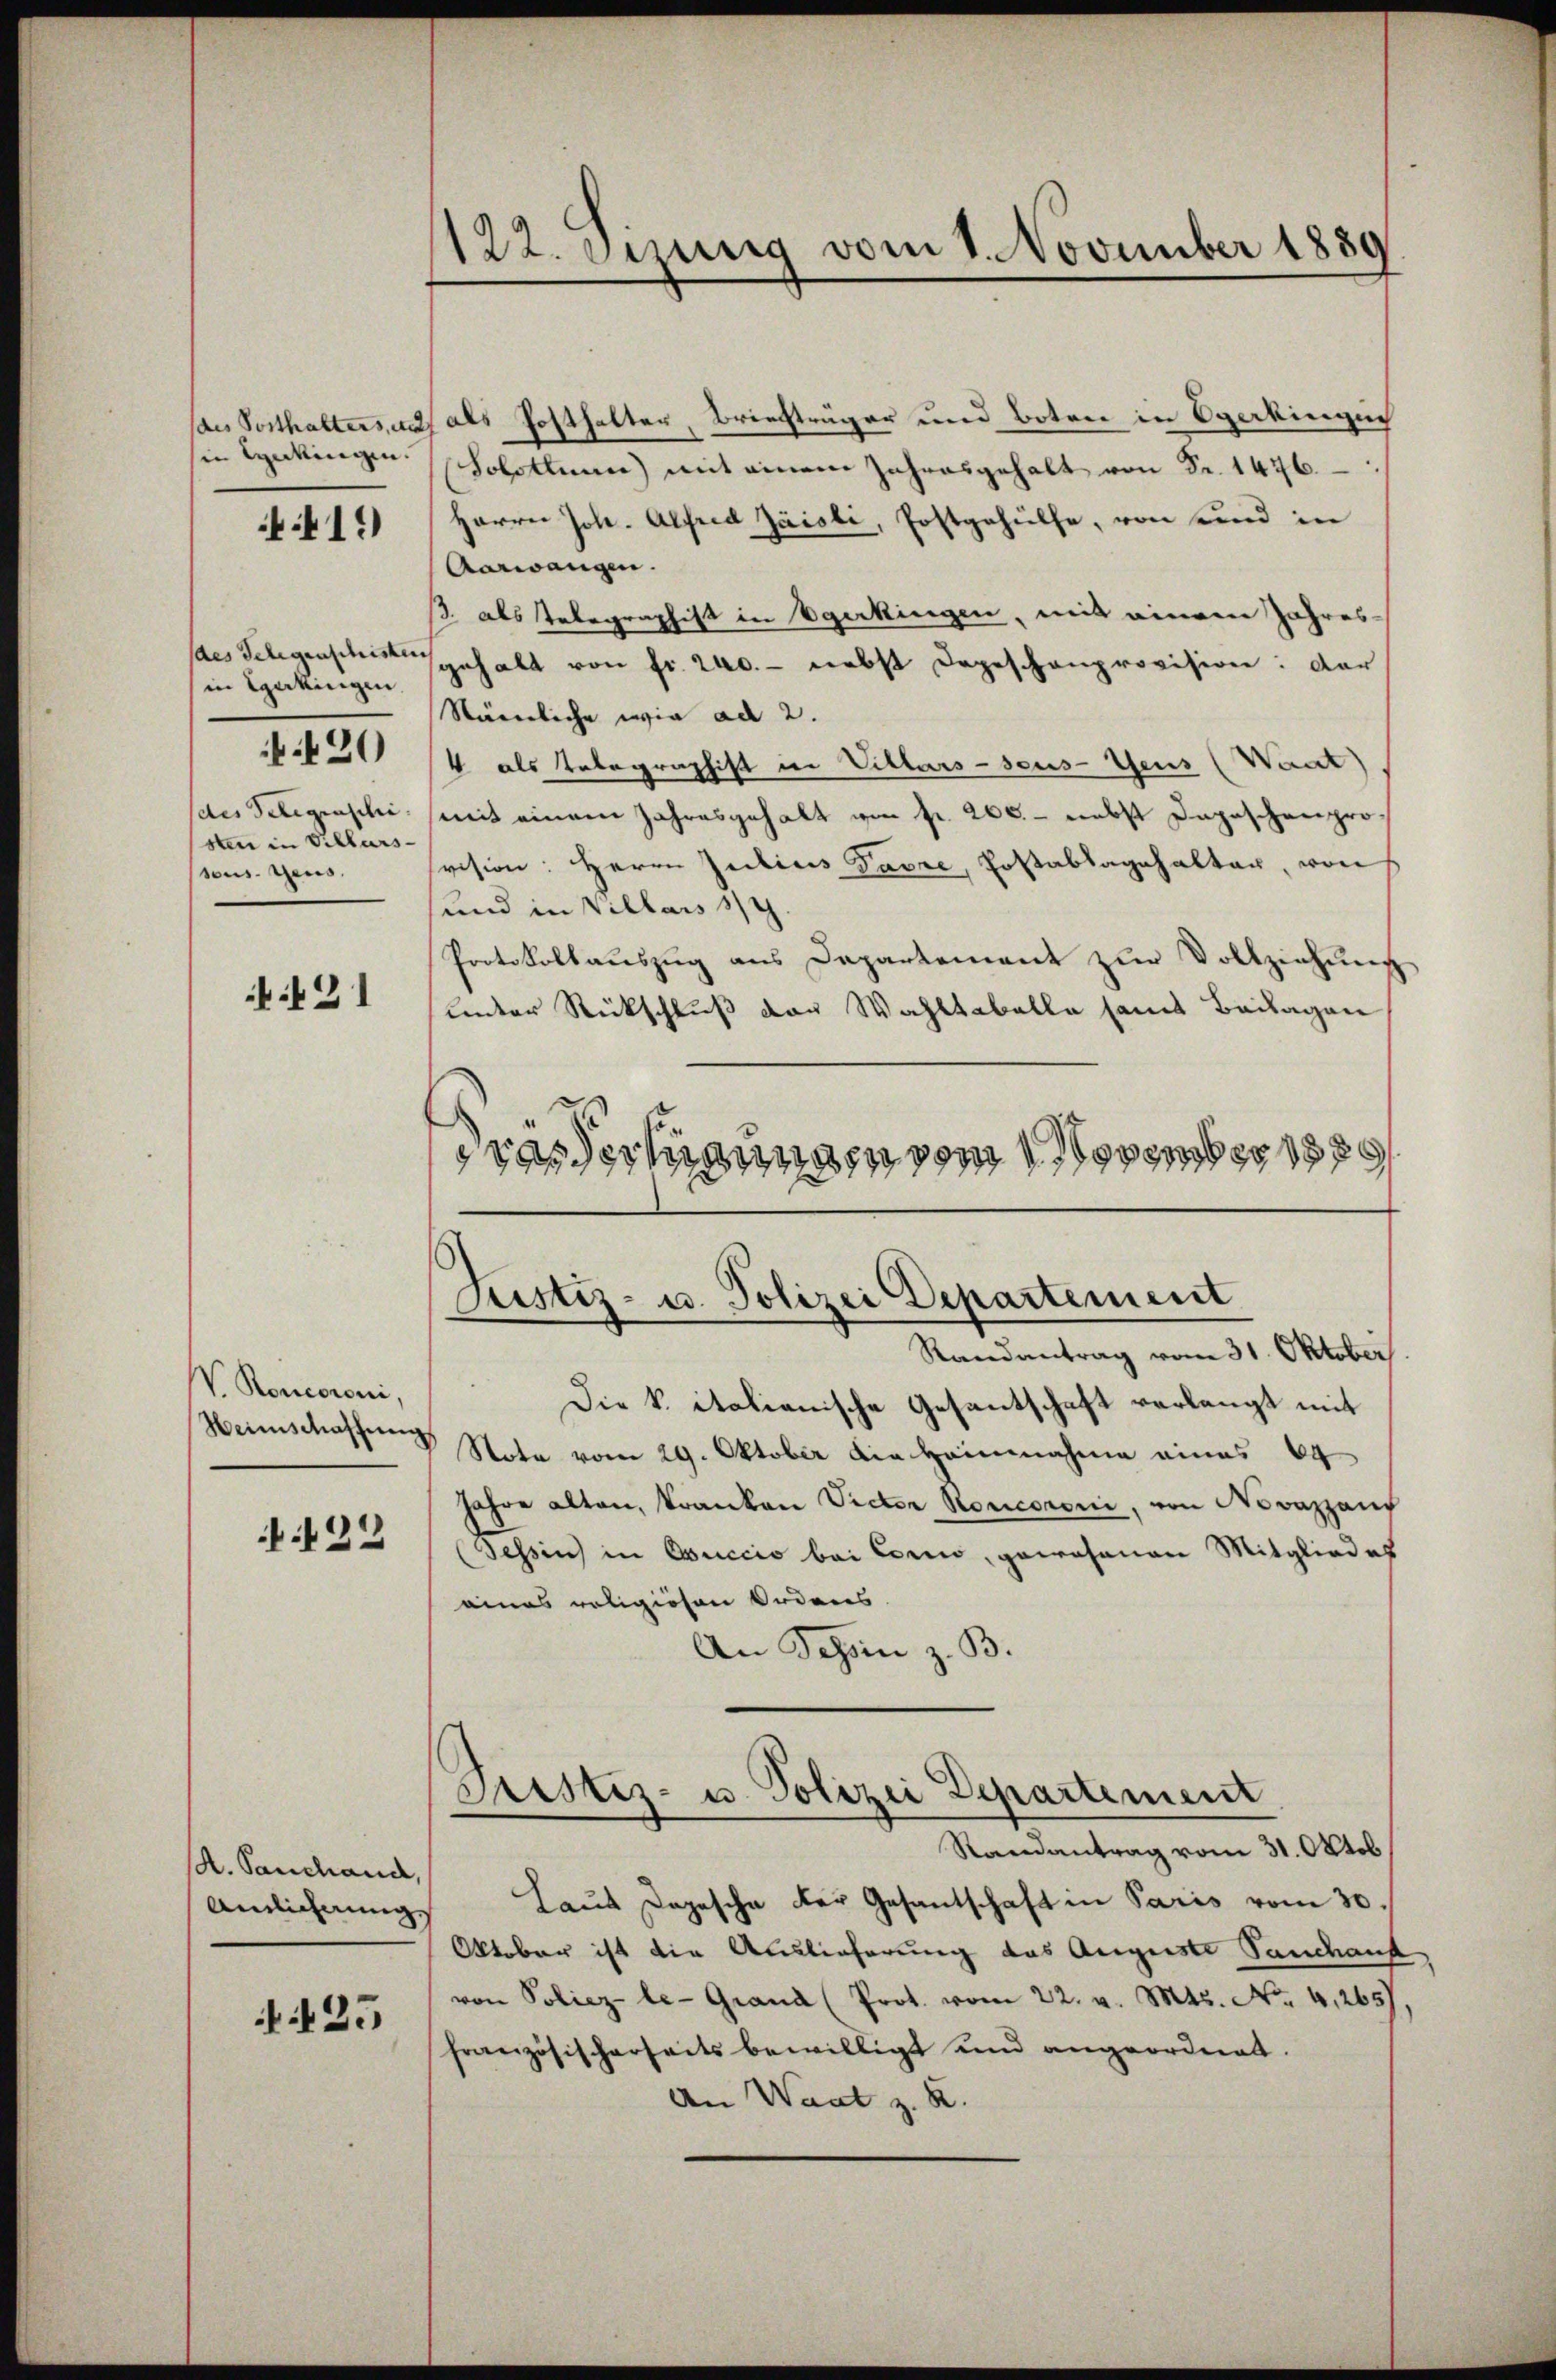
sin lenkingen.

419

des Gelegenschristen
in Sarkingen.
des Telegenschi
sten in Villarsseus. Gens,

420

:121

V. Konceroni,
Heimschaffung
 422

K. Sanchand,
Ainlicherung

35

122. Jezung vom 1. November 1889

des Posthalters, u. als Posthalter, Briefträger und Boten in Operkingen
(Solothurn) mit einem Jahresgehalt von Fr. 1476.
Herrn Joh. Alfred Zäisli, Postgehülfe, von und in
Aarwangen.
/. als Telegraphist in Egerkingen, mit einem Jahres-
jehalt von fr. 240. - nebst dageschenprovision: Dar
Stämliche wie ad 2.
4 als Telegraphist in Villars-seus-Geus (Want)
(mit einem Jahresgehalt von fr. 260. - nebst Depeschenprosvision: Herrn Julius Favre, Postablagehalter, von s
sund in Villars 1/4.
Protokollauszug aus Departement zur Vollziehung
under Rückschluß der Wahltabelle samt Beilagen
Grasdechanngen vom November 189

Justiz- u. Polizei Departement
Randantrag vom 31. Oktober

Die k. italianische Gesantschaft verlangt mit
 Note vom 29. Oktober die Heinnahme eines 64
Jahre alten, Franken Victor Roncoroni, von Novazzaus
(Tessin in Osuccio bei Coro, gewohnen Mitgliedes
eines religiösen Ordenes.
An Schein z. B.
Justiz- u. Polizei Departement
Randantrag vom 31. Oktob
Laut Depesche der Gesantschaft in Paris vom 30.
Oktober ist die Auslieferung das Auguste Sandkauf,
von Poliez-le-Grand (Prot. vom 22. v. Mts. No. 4,265).
französischerheits bewilligt und angeordnet.
An Waat z. B.